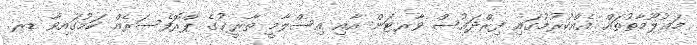
މަޢުލޫމާތުތައް އެއްކުރުމުގައި ފިރްދައުސް ވާރޓަން އާއި އިސްލާމީ ތާރީޚުގެ ޕްރޮފެސަރެއް ކަމުގައިވާ ޑރ.